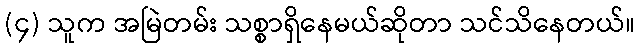
(၄) သူက အမြဲတမ်း သစ္စာရှိနေမယ်ဆိုတာ သင်သိနေတယ်။